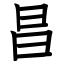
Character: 昌